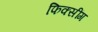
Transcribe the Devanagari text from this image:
फिक्सींग